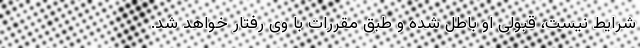
شرایط نیست، قبولی او باطل شده‌ و طبق‌ مقررات‌ با وی رفتار خواهد شد.